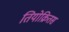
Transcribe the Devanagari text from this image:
तियोक्रितस